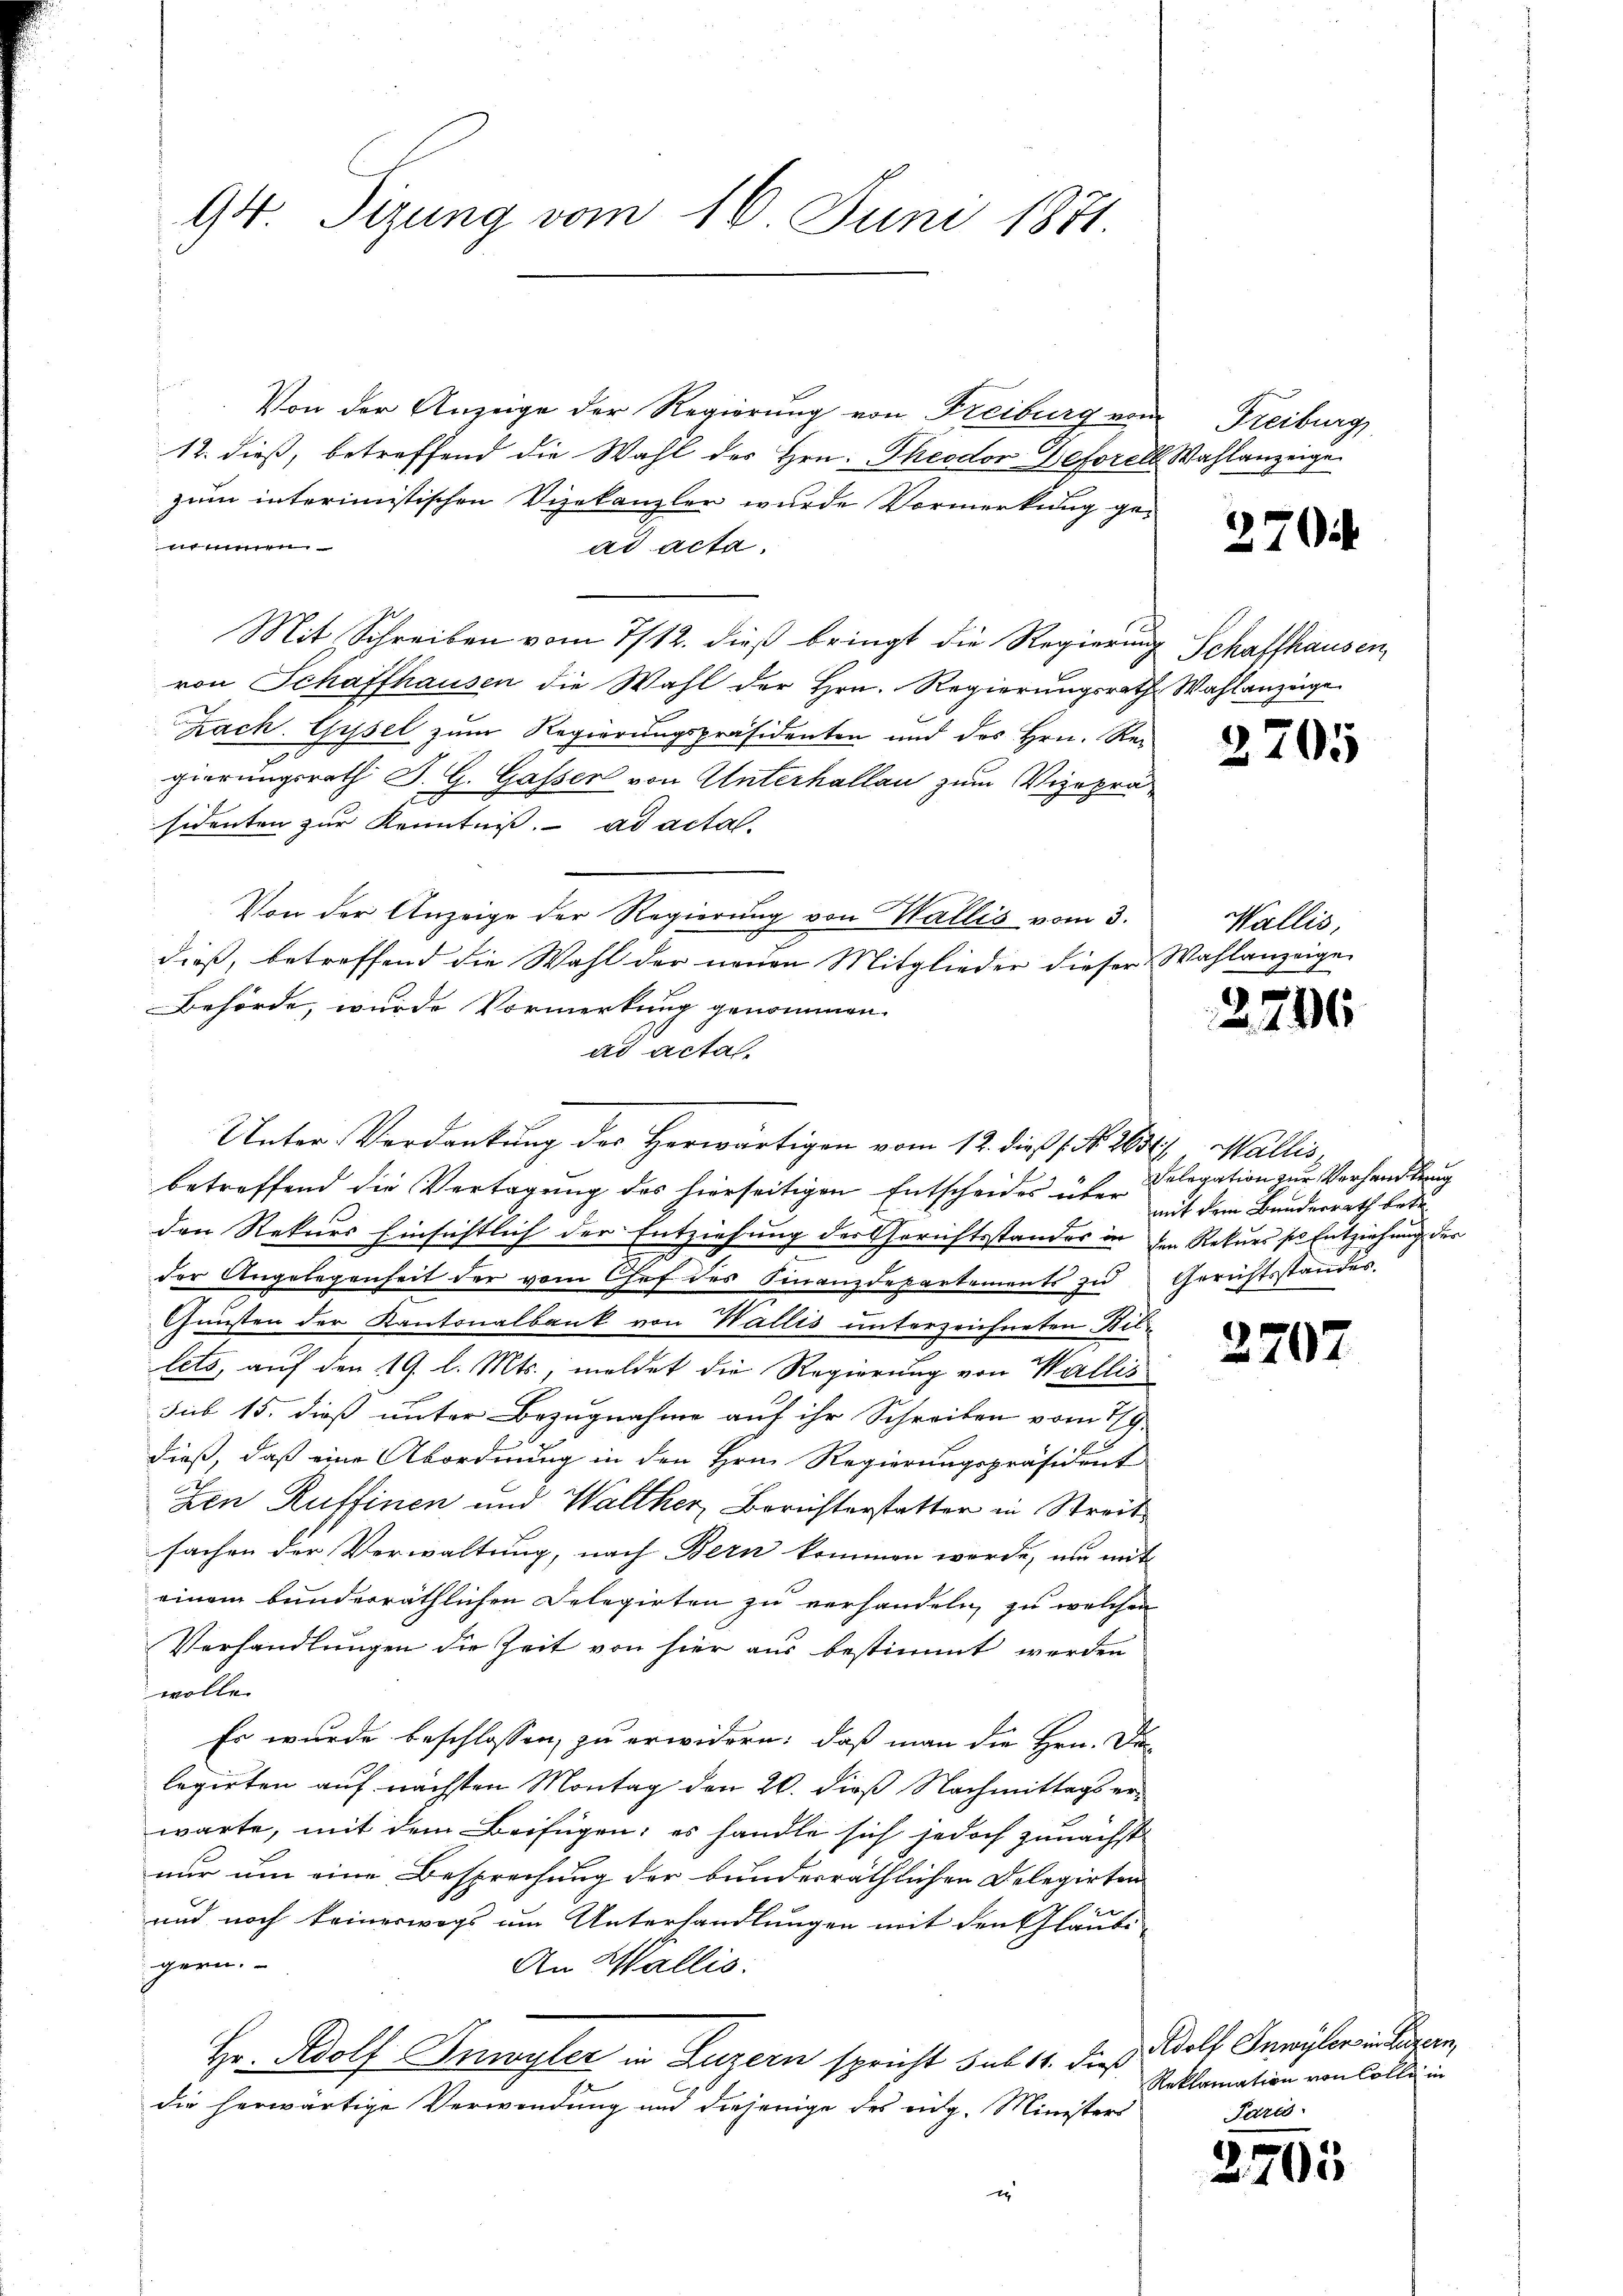
94. Sizung vom 16. Juni 1871

f
Von der Anzeige der Regierung von Freiburg von
12. dieß, betreffend die Wahl des Hrn. Theodor Deforell Wahlanzeige
zum interimistischen Vizekanzler wurde Vormerkung genommen
ad acta.
Mit Schreiben vom 1/12. dieß bringt die Regierung Schaffhausen
von Schaffhausen die Wahl der Hrn. Regierungsrath Wahlanzeige
Zach. Gysel zum Regierungspräsidenten und des Hrn. Rei
gierungsrath J. G. Gasser von Unterhallan zum Vizepräsidenten zur Kenntniß. ad acta
Von der Anzeige der Regierung von Wallis vom 3.
dieß, betreffend die Wahl der neuen Mitglieder dieser Wahlanzeige
Behörde, wurde Vormerkung genommen.
ad acta.
Unter-Verdankung des Herwärtigen vom 12. dieß, No. 265, Wallis,
betreffend die Vertagung des hierseitigen Entscheides über
den Rekurs Einsichtlich der Entziehung der Gerichtsstandes in den Rekurs sie Entziehung der
der Angelegenheit der vom Chef des Finanzdepartements zu Gerichtsstandes
Gunsten der Kantonalbank von Wallis unterzeichneten Bellets, auf den 19. l. Mts., meldet die Regierung von Wallis
sub 15. dieß unter Bezugnahme auf ihr Schreiben vom 19.
dieß, daß eine Abordnung in den Hrn. Regierungspräsident
Zen Ruffinen und Walther, Berichterstatter in Streitsachen der Verwaltung, nach Bern kommen werde, um mit
einem bunderräthlichen Delegirten zu verhandeln, zu welchen
Verhandlungen die Zeit von hier aus bestimmt werden
wolle.
Es wurde beschlossen, zu erwidern: daß man die Hrn. Da
legirten auf nächsten Montag den 20. dieß Nachmittags erwarte, mit dem Beifügen; es handle sich jedoch zunächst
nur um eine Besprechung der bunderräthlichen Delegirten
und noch keineswegs um Unterhandlungen mit den Gläubi
gern.
An Wallis.
Hr. Adolf Inwyler in Luzern spricht sub 14. dieß
die herwärtige Verwendung und diejenige des eidg. Ministers
e

Freiburg,

270

2705

Wallis,

2796

Relegation zur Verhandlung
mit dem Bundesrath betr

2707

Adolf Inwyler in Luzern,
Reklamation von Colle in
Paris

2705